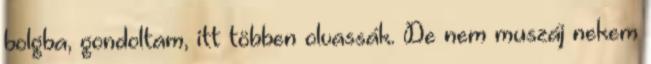
bolgba, gondoltam, itt többen olvassák. De nem muszáj nekem